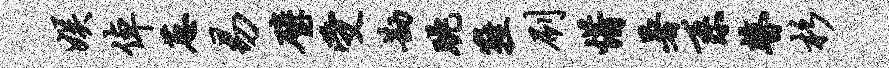
娱倬葱易璧受勘眺鞋刷惜暑系瞽杉